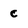
Character: c